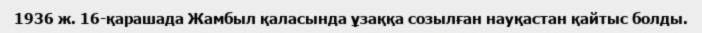
1936 ж. 16-қарашада Жамбыл қаласында ұзаққа созылған науқаcтан қайтыс болды.